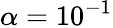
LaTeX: \alpha=10^{-1}